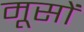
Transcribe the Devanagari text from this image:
मूसों